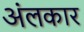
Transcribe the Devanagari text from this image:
अंलकार